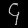
Digit: ၄